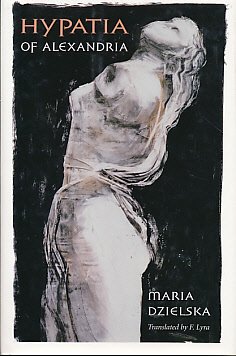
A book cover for Hypatia of Alexandria (Revealing Antiquity); Maria Dzielska; Politics & Social Sciences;